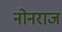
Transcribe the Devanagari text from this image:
नोनराज